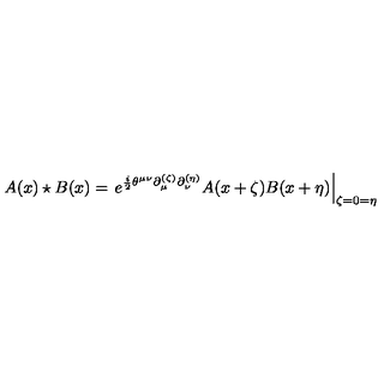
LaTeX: A ( x ) \star B ( x ) = \left. e ^ { \frac { i } { 2 } \theta ^ { \mu \nu } \partial _ { \mu } ^ { ( \zeta ) } \partial _ { \nu } ^ { ( \eta ) } } A ( x + \zeta ) B ( x + \eta ) \right| _ { \zeta = 0 = \eta }